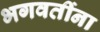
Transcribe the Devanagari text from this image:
भगवतींना